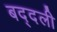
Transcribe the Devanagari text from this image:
बद्दली